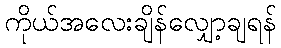
ကိုယ်အလေးချိန်လျှော့ချရန်